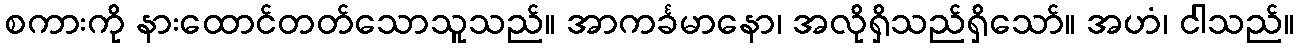
စကားကို နားထောင်တတ်သောသူသည်။ အာကင်္ခမာနော၊ အလိုရှိသည်ရှိသော်။ အဟံ၊ ငါသည်။